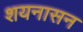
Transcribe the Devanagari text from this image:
शयनासन